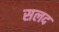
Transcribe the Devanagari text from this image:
सलद